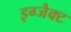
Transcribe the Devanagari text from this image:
इग्जैक्ट